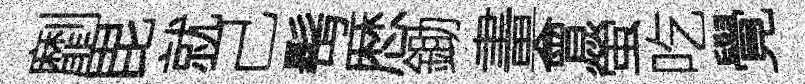
劘毘就己髩厯鋤畫會螢吃覺